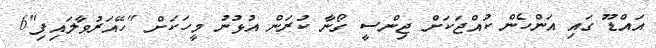
އައްޑޫ ގައި އަންހެން ކުއްޖަކަށް ޖިންސީ ގޯނާ ކުރަން އުޅުނު މީހަކަށް "ހޭއަރުވާލައިފި"6